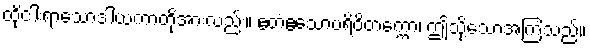
ထိုငါးရာသောဒါယကာတို့အားလည်း။ ဧတံဧသောပရိဝိတက္ကော၊ ဤသို့သောအကြံသည်။